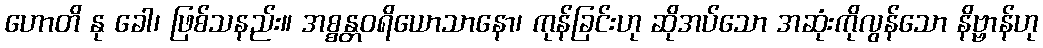
ဟောတိ နု ခေါ၊ ဖြစ်သနည်း။ အစ္စန္တဝရိယောသာနော၊ ကုန်ခြင်းဟု ဆိုအပ်သော အဆုံးကိုလွန်သော နိဗ္ဗာန်ဟု